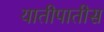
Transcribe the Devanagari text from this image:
यातीपातीस